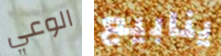
الوعي ينابيع